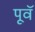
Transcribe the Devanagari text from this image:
पूवॅ